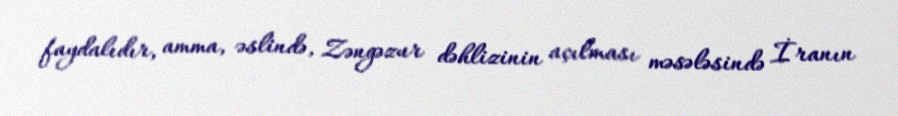
faydalıdır, amma, əslində, Zəngəzur dəhlizinin açılması məsələsində İranın